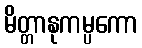
မိတ္တာနုကမ္ပကော